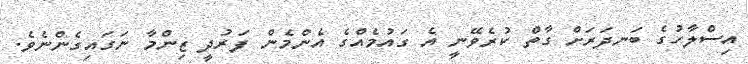
އިސްލާހުގެ ބަނދަރަށް ގާތް ކުރެވޭނީ އެ ގައުމެއްގެ އެންމެން ފަރުދީ ޒިންމާ ނަގައިގެންނެވެ.